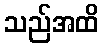
သည်အထိ